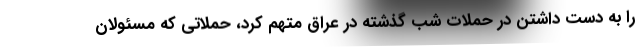
را به دست داشتن در حملات شب گذشته در عراق متهم کرد، حملاتی که مسئولان